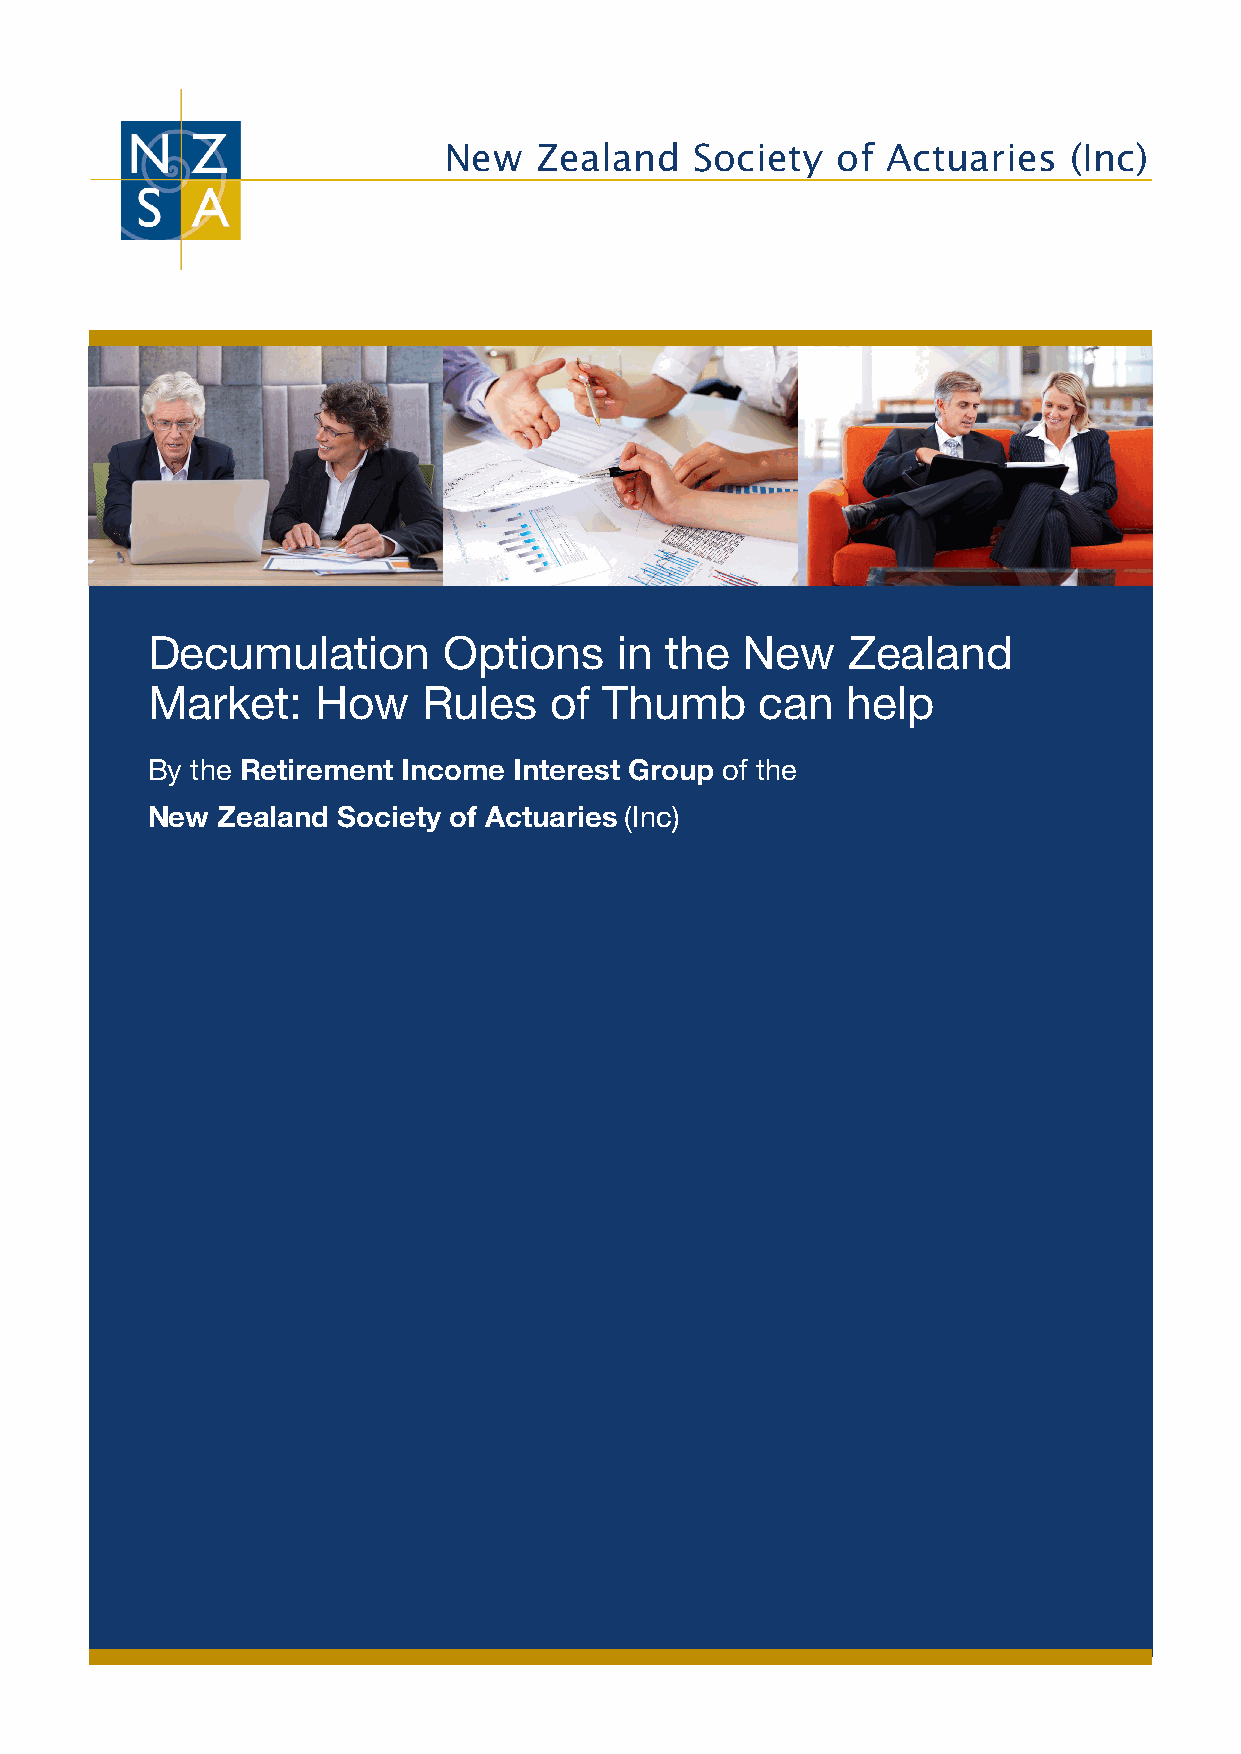
New   Zealand    Society  of  Actuaries   (Inc)
 Decumulation       Options     in the  New    Zealand
 Market:    How    Rules   of  Thumb     can   help
 By the Retirement Income Interest Group of the
 New Zealand Society of Actuaries (Inc)